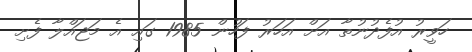
ހަވީރު އުފެދުނުތާ އަށް އަހަރު ފަހުން 1985 ގައި އެ މަޖައްލާ ފެށި